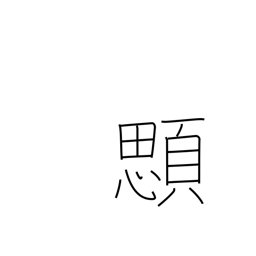
Meaning: gills of a fish